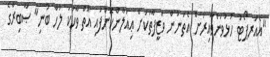
"އެއަރޕޯޓު ހުޅުވަންވާއިރަށް އެތަނުން ވަޒީފާތަކަށް ޢިއުލާންކޮށްފައި އޮތް ވާހަކަ ލުހާ ބުނި" ޞާބިރާގެ